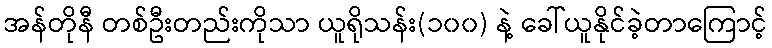
အန်တိုနီ တစ်ဦးတည်းကိုသာ ယူရိုသန်း(၁၀၀) နဲ့ ခေါ်ယူနိုင်ခဲ့တာကြောင့်